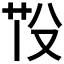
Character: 𦭇